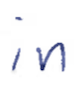
Text: in
Cross-out: clean
Writing tool: ballpoint